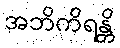
အဘိကိရန္တိ